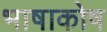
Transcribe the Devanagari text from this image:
भाषाकोष